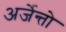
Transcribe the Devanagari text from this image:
अर्जेन्तो